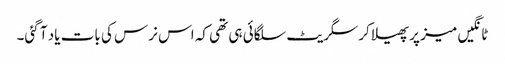
ٹانگیں میز پر پھیلا کر سگریٹ سلگائی ہی تھی کہ اس نرس کی بات یاد آ گئی۔